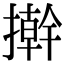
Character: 擀